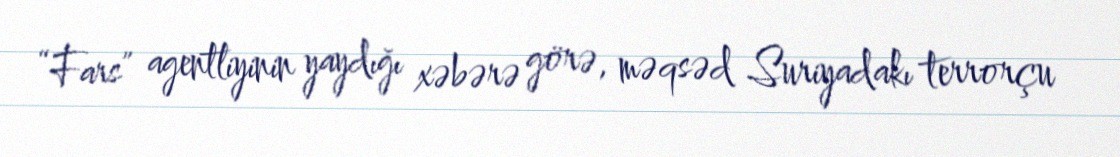
“Fars” agentliyinin yaydığı xəbərə görə, məqsəd Suriyadakı terrorçu